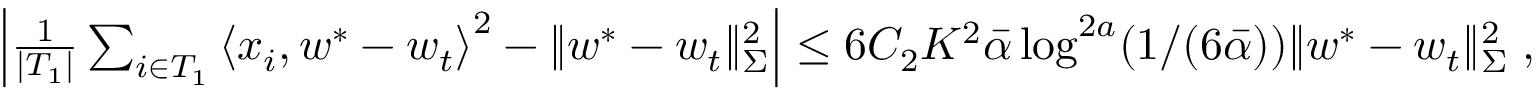
\begin{array} { r } { \left| \frac { 1 } { | T _ { 1 } | } \sum _ { i \in T _ { 1 } } \left\langle x _ { i } , w ^ { * } - w _ { t } \right\rangle ^ { 2 } - \| w ^ { * } - w _ { t } \| _ { \Sigma } ^ { 2 } \right| \leq 6 C _ { 2 } K ^ { 2 } \bar { \alpha } \log ^ { 2 a } ( 1 / ( 6 \bar { \alpha } ) ) \| w ^ { * } - w _ { t } \| _ { \Sigma } ^ { 2 } \; , } \end{array}